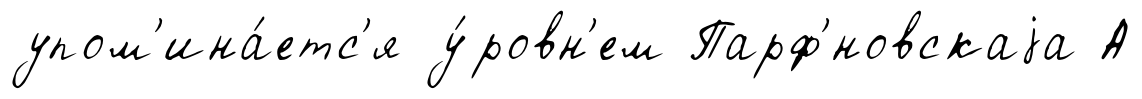
упом'ина́етс'я у́ровн'ем Парф'́новскаjа А